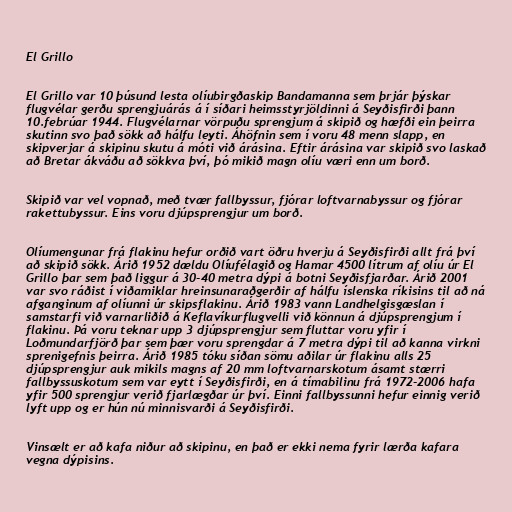
El Grillo

El Grillo var 10 þúsund lesta olíubirgðaskip Bandamanna sem þrjár þýskar
flugvélar gerðu sprengjuárás á í síðari heimsstyrjöldinni á Seyðisfirði þann
10.febrúar 1944. Flugvélarnar vörpuðu sprengjum á skipið og hæfði ein þeirra
skutinn svo það sökk að hálfu leyti. Áhöfnin sem í voru 48 menn slapp, en
skipverjar á skipinu skutu á móti við árásina. Eftir árásina var skipið svo laskað
að Bretar ákváðu að sökkva því, þó mikið magn olíu væri enn um borð.

Skipið var vel vopnað, með tvær fallbyssur, fjórar loftvarnabyssur og fjórar
rakettubyssur. Eins voru djúpsprengjur um borð.

Olíumengunar frá flakinu hefur orðið vart öðru hverju á Seyðisfirði allt frá því
að skipið sökk. Árið 1952 dældu Olíufélagið og Hamar 4500 lítrum af olíu úr El
Grillo þar sem það liggur á 30-40 metra dýpi á botni Seyðisfjarðar. Árið 2001
var svo ráðist í viðamiklar hreinsunaraðgerðir af hálfu íslenska ríkisins til að ná
afganginum af olíunni úr skipsflakinu. Árið 1983 vann Landhelgisgæslan í
samstarfi við varnarliðið á Keflavíkurflugvelli við könnun á djúpsprengjum í
flakinu. Þá voru teknar upp 3 djúpsprengjur sem fluttar voru yfir í
Loðmundarfjörð þar sem þær voru sprengdar á 7 metra dýpi til að kanna virkni
sprenigefnis þeirra. Árið 1985 tóku síðan sömu aðilar úr flakinu alls 25
djúpsprengjur auk mikils magns af 20 mm loftvarnarskotum ásamt stærri
fallbyssuskotum sem var eytt í Seyðisfirði, en á tímabilinu frá 1972-2006 hafa
yfir 500 sprengjur verið fjarlægðar úr því. Einni fallbyssunni hefur einnig verið
lyft upp og er hún nú minnisvarði á Seyðisfirði.

Vinsælt er að kafa niður að skipinu, en það er ekki nema fyrir lærða kafara
vegna dýpisins.